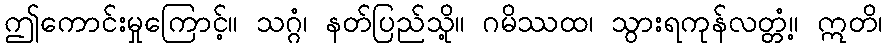
ဤကောင်းမှုကြောင့်။ သဂ္ဂံ၊ နတ်ပြည်သို့။ ဂမိဿထ၊ သွားရကုန်လတ္တံ့။ ဣတိ၊